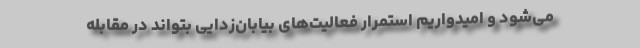
می‌شود و امیدواریم استمرار فعالیت‌های بیابان‌زدایی بتواند در مقابله